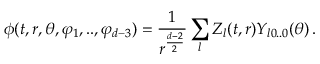
\phi ( t , r , \theta , \varphi _ { 1 } , . . , \varphi _ { d - 3 } ) = \frac { 1 } { r ^ { \frac { d - 2 } { 2 } } } \sum _ { l } Z _ { l } ( t , r ) Y _ { l 0 . . 0 } ( \theta ) \, .